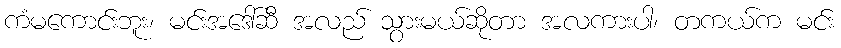
ကံမကောင်းဘူး၊ မင်းအဒေါ်ဆီ အလည် သွားမယ်ဆိုတာ အလကားပါ၊ တကယ်က မင်း